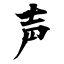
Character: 声